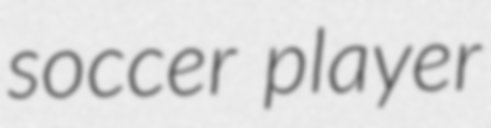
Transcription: soccer player